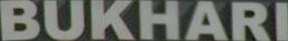
BUKHARI